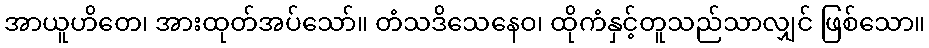
အာယူဟိတေ၊ အားထုတ်အပ်သော်။ တံသဒိသေနေဝ၊ ထိုကံနှင့်တူသည်သာလျှင် ဖြစ်သော။